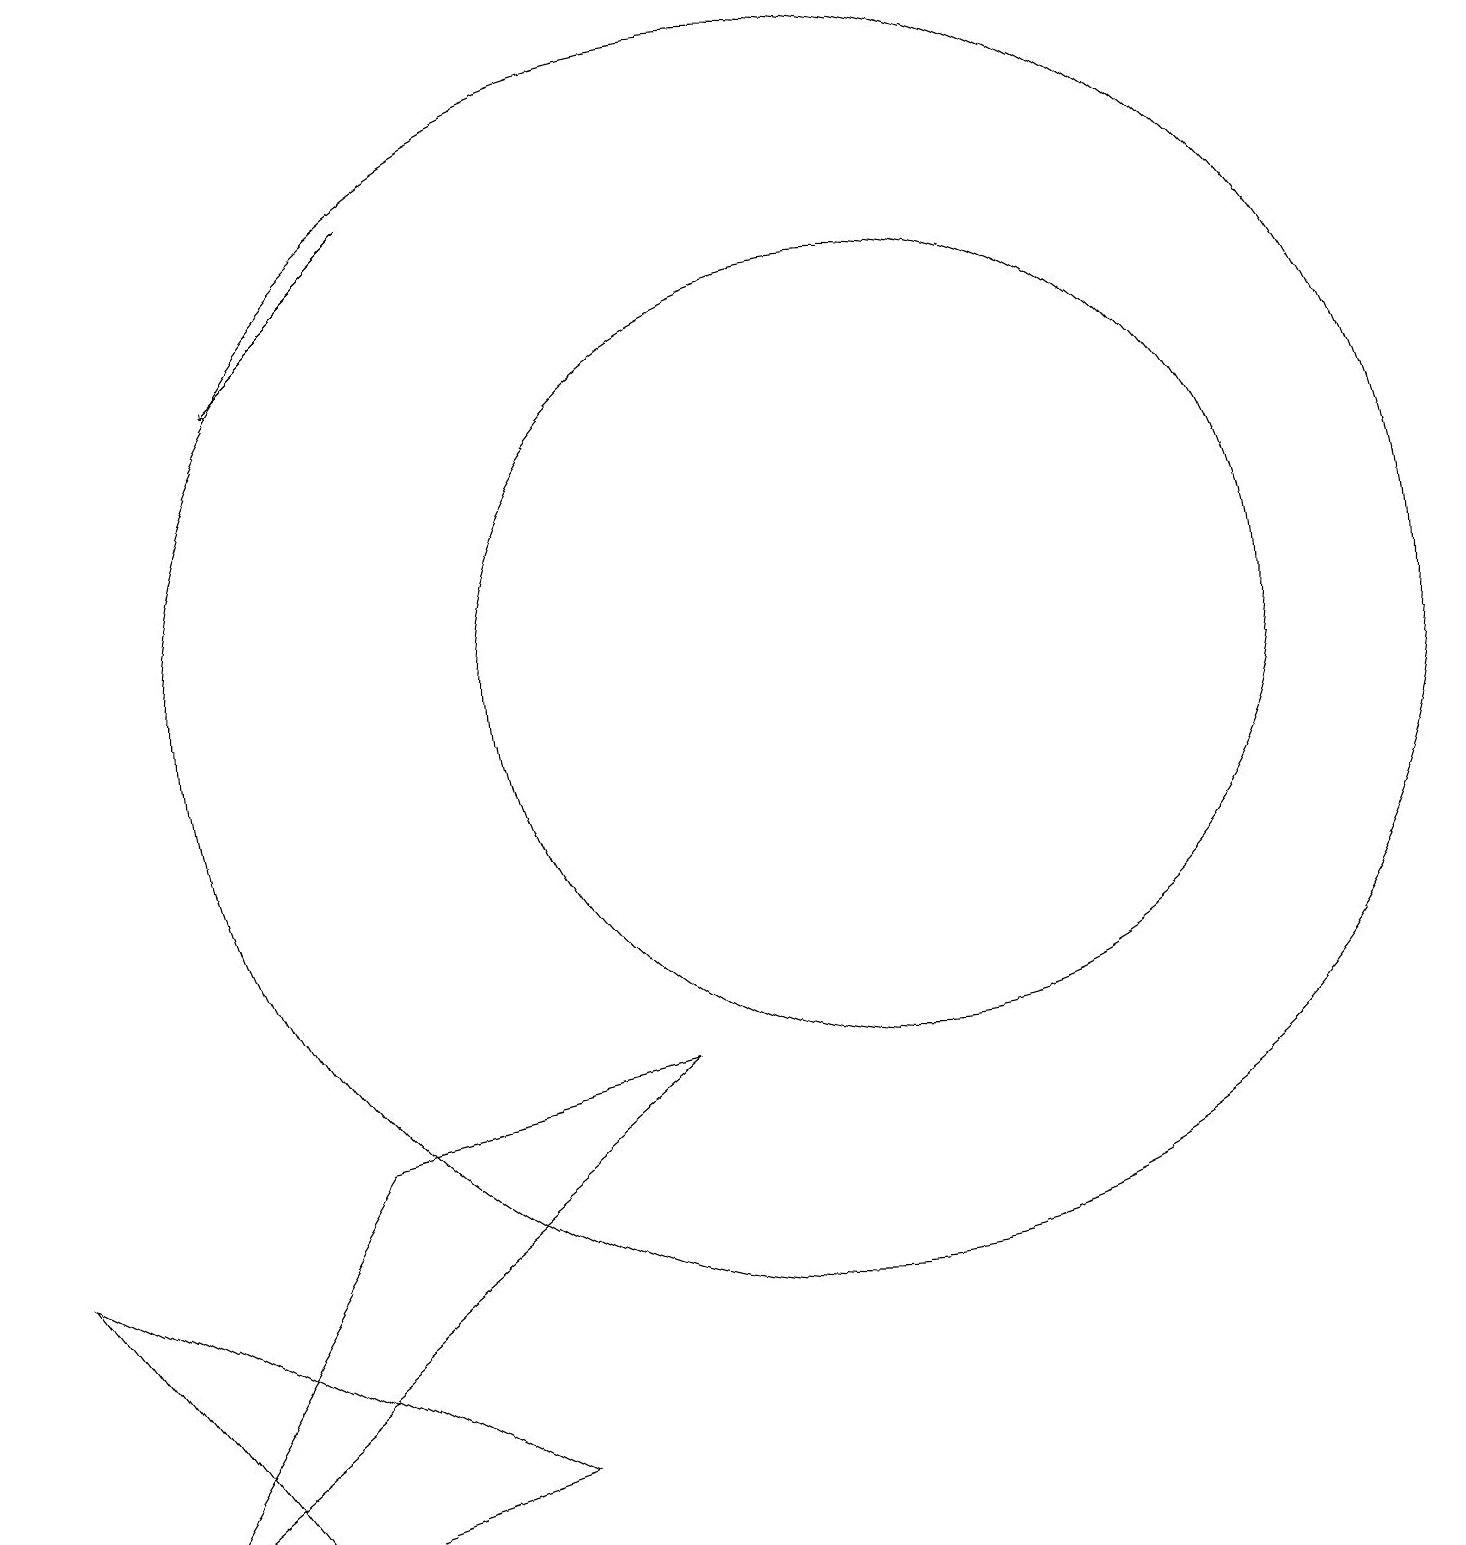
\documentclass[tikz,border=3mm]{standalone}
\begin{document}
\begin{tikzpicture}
\draw (12,12) circle (5);
\draw (1,5) -- (7,2) -- (4,1) -- cycle;
\draw (9,7) -- (2,1) -- (5,6) -- cycle;
\draw (11,12) circle (8);
\draw[->] (6,18) -- (4,16);
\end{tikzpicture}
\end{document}